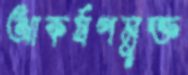
আকর্ষণমুক্ত